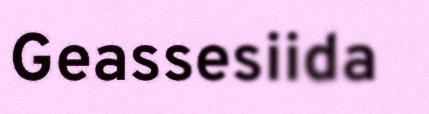
Geassesiida